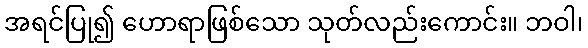
အရင်ပြု၍ ဟောရာဖြစ်သော သုတ်လည်းကောင်း။ ဘဝါ၊